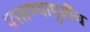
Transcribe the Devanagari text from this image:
परतण्यापूर्वीच